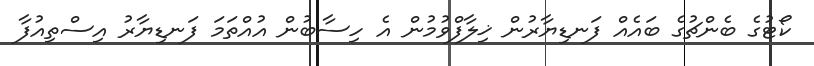
ކޯޓުގެ ބެންޗުގެ ބައެއް ފަނޑިޔާރުން ޚިލާފްވުމުން އެ ހިސާބުން އުއްތަމަ ފަނޑިޔާރު އިސްތިއުފާ